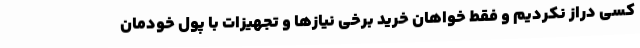
کسی دراز نکردیم و فقط خواهان خرید برخی نیازها و تجهیزات با پول خودمان